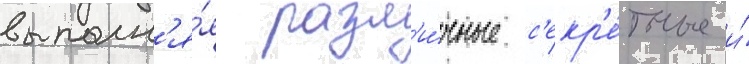
выполн'я́я разл'и́чные с'екр'е́тные и́